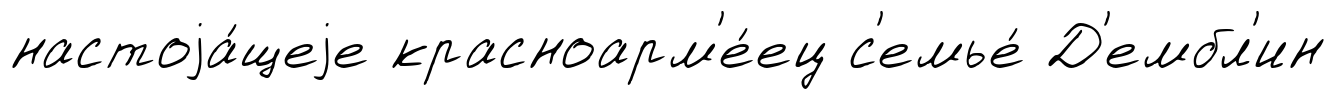
настоjа́щеjе красноарм'е́ец с'емье́ Д'ембл'ин